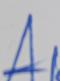
Signature authenticity: forged